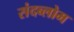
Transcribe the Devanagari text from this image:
संदब्लोम